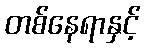
တစ်နေရာနှင့်